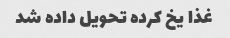
غذا یخ کرده تحویل داده شد